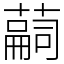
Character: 𦽊